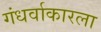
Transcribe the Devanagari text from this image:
गंधर्वाकारला